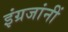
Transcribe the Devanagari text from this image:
इंग्रजांनीं